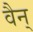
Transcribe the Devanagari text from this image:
वैन्